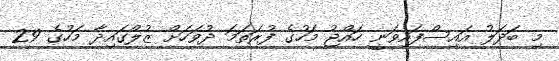
މި ބަދަލު އައިސްފައިވަނީ ހައްޖު މަހުގެ ފުރަތަމަ ދުވަހަށް ޒުލްގައިދާ މަހުގެ 29